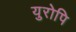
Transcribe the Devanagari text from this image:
युरोपि